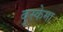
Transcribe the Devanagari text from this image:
बुस्केमा